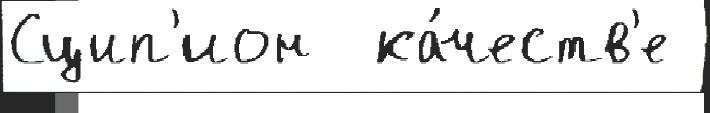
Сцип'ион  ка́честв'е